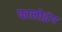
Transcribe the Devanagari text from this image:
फालोइंग